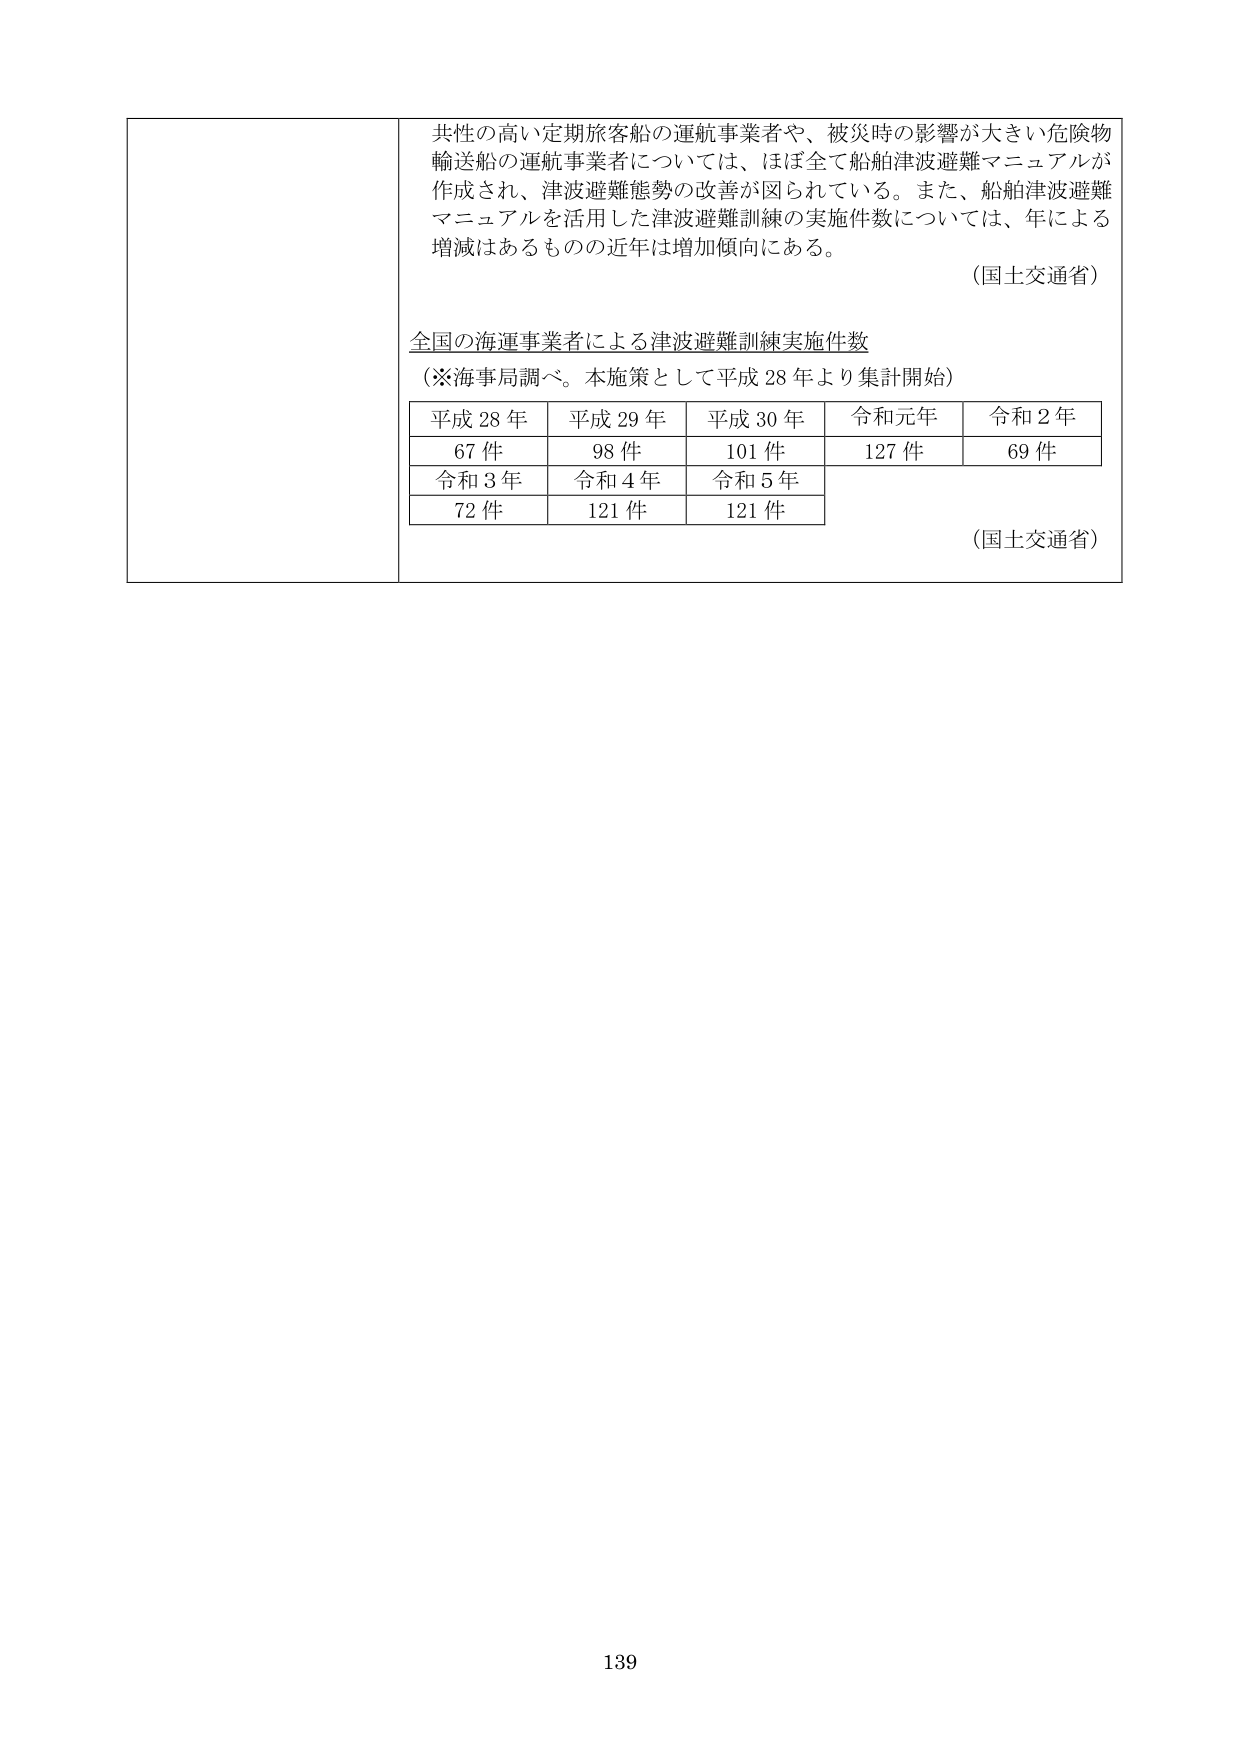
共性の高い定期旅客船の運航事業者や、被災時の影響が大きい危険物輸送船の運航事業者については、ほぼ全て船舶津波避難マニュアルが作成され、津波避難態勢の改善が図られている。また、船舶津波避難マニュアルを活用した津波避難訓練の実施件数については、年による増減はあるものの近年は増加傾向にある。

（国土交通省）

全国の海運事業者による津波避難訓練実施件数
（※海事局調べ。本施策として平成28年より集計開始）

平成28年　平成29年　平成30年　令和元年　令和2年
67件　　　98件　　　101件　　　127件　　　69件
令和3年　令和4年　令和5年
72件　　　121件　　　121件

（国土交通省）

139